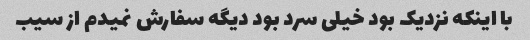
با اینکه نزدیک بود خیلی سرد بود دیگه سفارش نمیدم از سیب